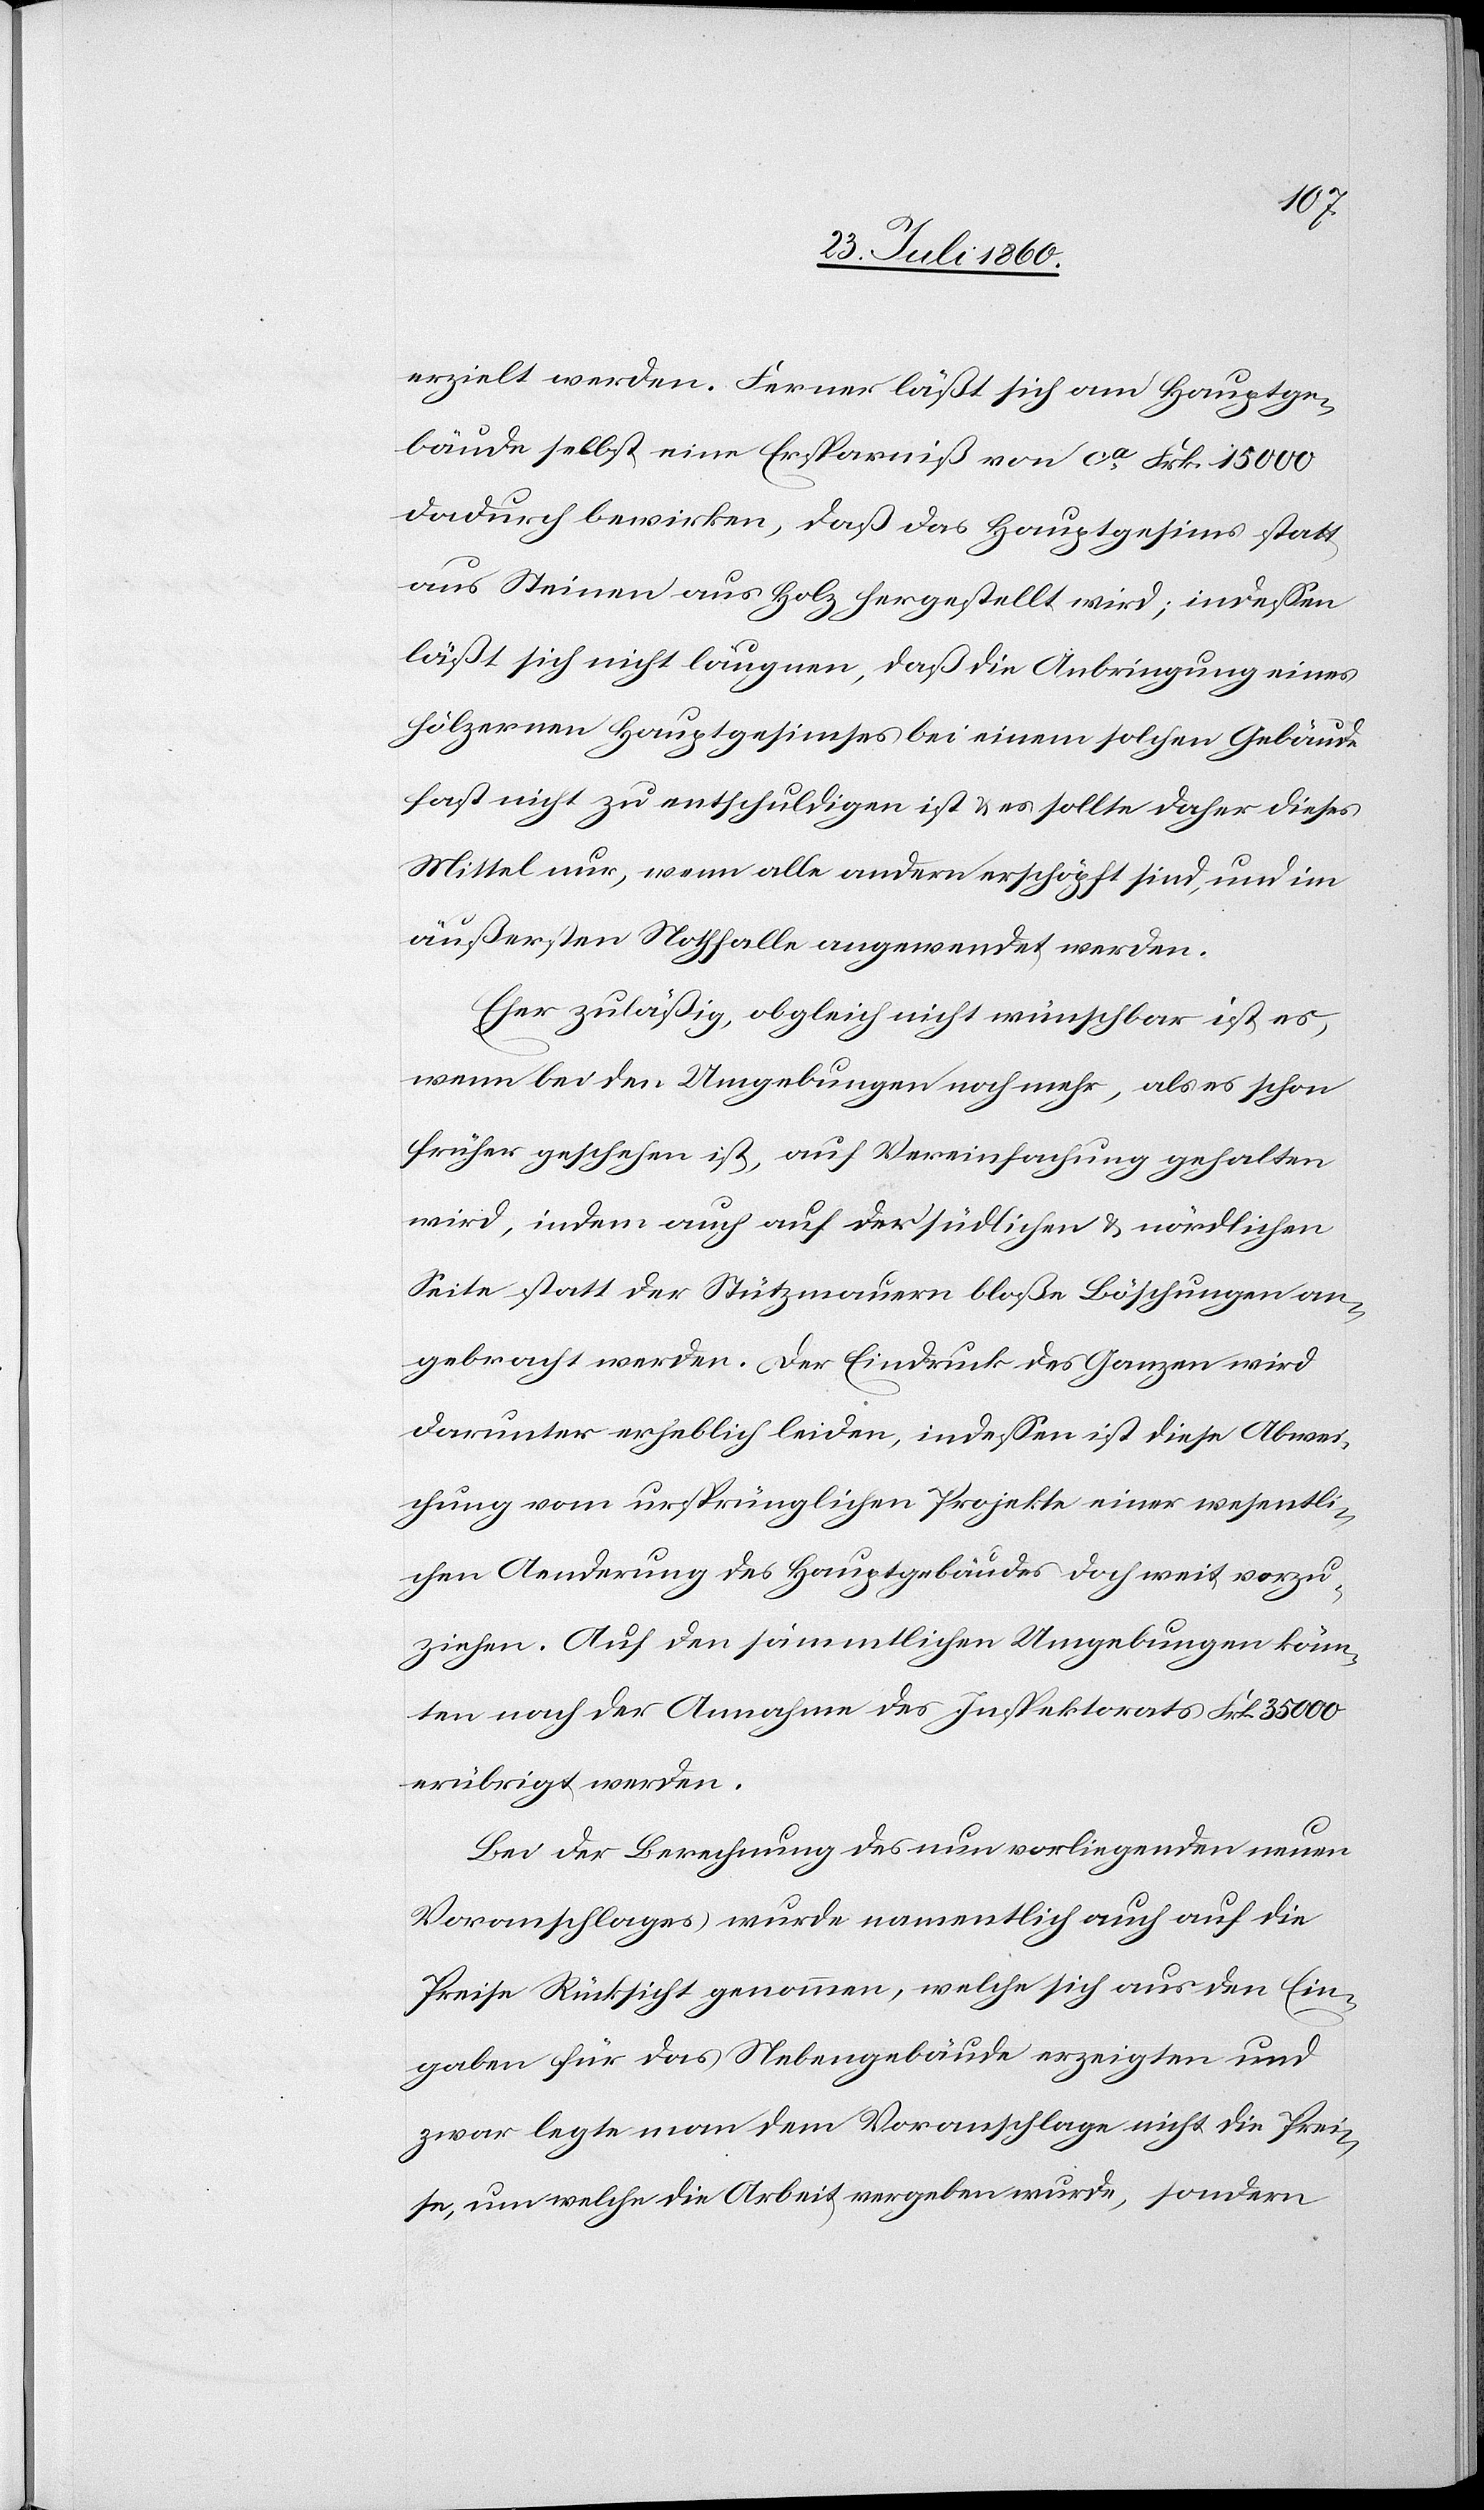
18
erzielt werden. Ferner läßt sich am Hauptge¬
bäude selbst eine Ersparniß von ca fcs. 15 000
dadurch bewirken, dass das Hauptgesimms statt
aus Steinen, aus Holz hergestellt wird; indessen
läßt sich nicht läugnen, dass die Anbringung eines
hölzernen Hauptgesimses bei einem solchen Gebäude
fast nicht zu entschuldigen ist u. es sollte daher dieses
Mittel nur, wenn alle andern erschöpft sind und im
äußersten Nothfalle angewendet werden.
Eher zulässig, obgleich nicht wünschbar ist es,
wenn bei den Umgebungen noch mehr, als es schon
früher geschehen ist, auf Vereinfachung gehalten
wird, indem auch auf der südlichen u. nördlichen
Seite statt der Stützmauern bloße Böschungen an¬
gebracht werden. Der Eindruck des Ganzen wird
darunter erheblich leiden, indessen ist diese Abwei¬
chung vom ursprünglichen Projekte einer wesentli¬
chen Aenderung des Hauptgebäudes doch weit vorzu¬
ziehen. Auf den sämmtlichen Umgebungen könn¬
ten nach der Annahme des Inspektorats fcs. 35 000
erübrigt werden.
Bei der Berechnung des nun vorliegenden neuen
Voranschlages würde namentlich auch auf die
Preise Rücksicht genommen, welche sich aus den Ein¬
gaben für das Nebengebäude erzeigten und
zwar legte man dem Voranschlage nicht die Prei¬
se, um welche die Arbeit vergeben wurde, sondern